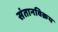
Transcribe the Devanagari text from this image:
संतानविक्रय